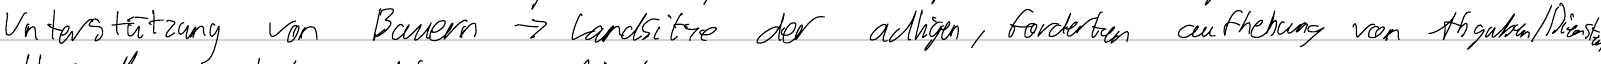
Unterstützung von Bauern -> Landsitze der adligen, forderten aufhebung von Abgaben / Diensten